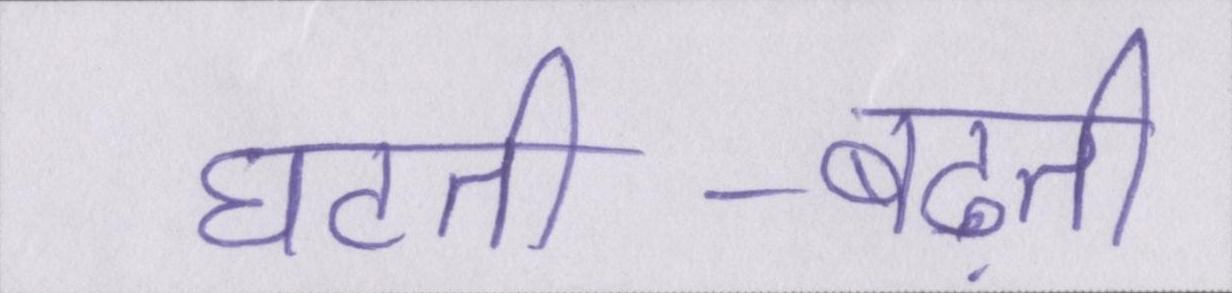
घटती-बढ़ती